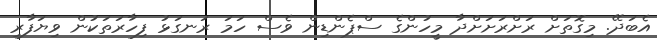
އެބަދޭ. މިގޮތަށް ރަށްރަށަށްދާ މީހުންގެ ސްޕެންޑިން ވެސް ހަމަ ރަނގަޅު ފިހާރަތަކުން ވިޔަފާރި